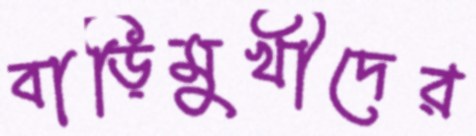
বাড়িমুখীদের